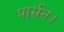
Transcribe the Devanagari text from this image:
पार्सन।